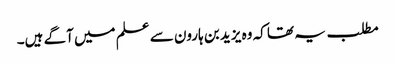
مطلب یہ تھا کہ وہ یزید بن ہارون سے علم میں آگے ہیں۔